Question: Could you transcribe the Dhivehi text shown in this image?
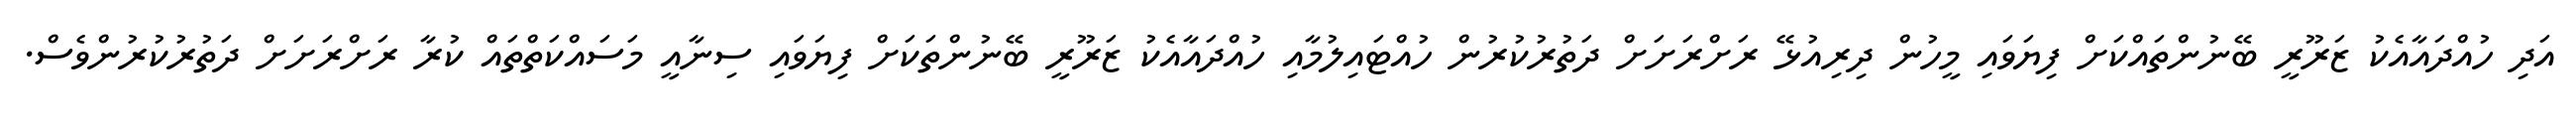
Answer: އަދި ހުއްދައާއެކު ޒަރޫރީ ބޭނުންތައްކަށް ފިޔަވައި މީހުން ދިރިއުޅޭ ރަށްރަށަށް ދަތުރުކުރުން ހުއްޓައިލުމާއި ހުއްދައާއެކު ޒަރޫރީ ބޭނުންތަކަށް ފިޔަވައި ސިނާއީ މަސައްކަތްތައް ކުރާ ރަށްރަށަށް ދަތުރުކުރުންވެސް.